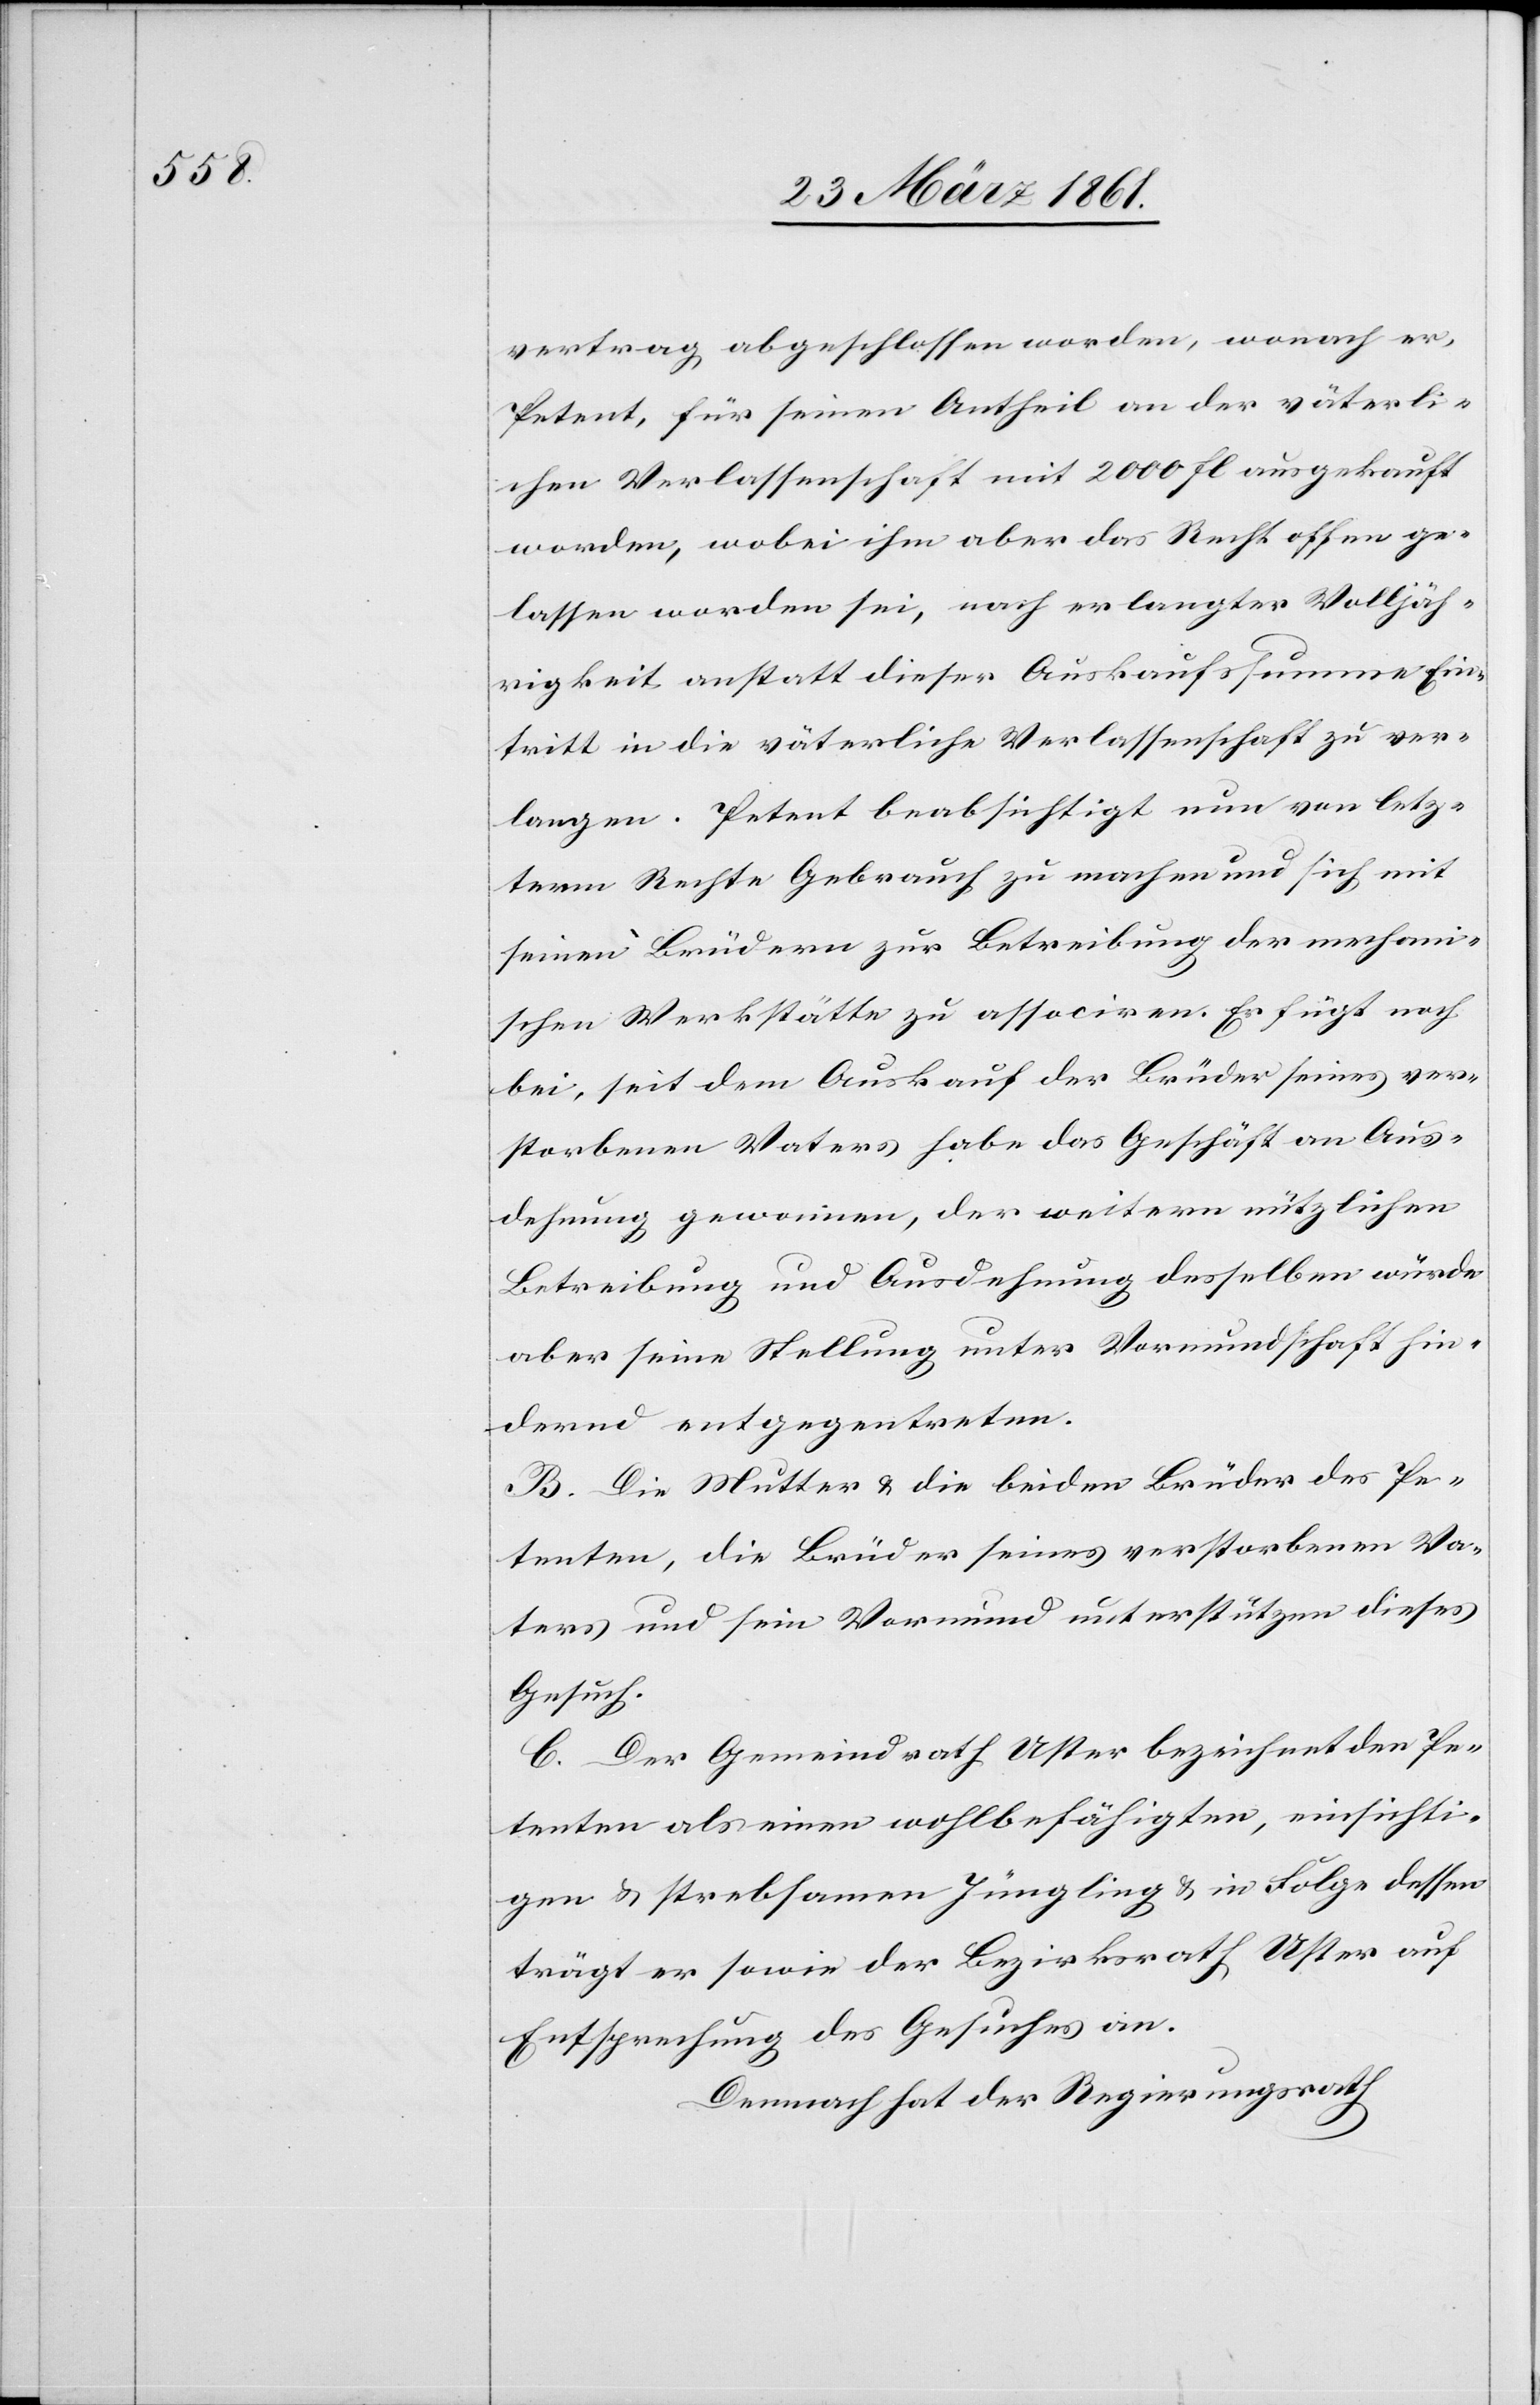
vertrag abgeschlossen worden, wonach er,
Petent, für seinen Antheil an der väterli¬
chen Verlassenschaft mit 2000 fl. ausgekauft
worden, wobei ihm aber das Recht offen ge¬
lassen worden sei, nach erlangter Volljäh¬
rigkeit anstatt dieser Auskaufssumme Ein¬
tritt in die väterliche Verlassenschaft zu ver¬
langen. Petent beabsichtigt nun von letz¬
term Rechte Gebrauch zu machen und sich mit
seinen Brüdern zur Betreibung der mechani¬
schen Werkstätte zu associren. Er fügt noch
bei, seit dem Auskauf der Brüder seines ver¬
storbenen Vaters habe das Geschäft an Aus¬
dehnung gewonnen, der weitern nützlichen
Betreibung und Ausdehnung desselben würde
aber seine Stellung unter Vormundschaft hin¬
dernd entgegentreten.
B. Die Mutter u. die beiden Brüder des Pe¬
tenten, die Brüder seines verstorbenen Va¬
ters und sein Vormund unterstützen dieses
Gesuch.
C. Der Gemeindrath Uster bezeichnet den Pe¬
tenten als einen wohlbefähigten, einsichti¬
gen u. strebsamen Jüngling u. in Folge dessen
trägt er sowie der Bezirksrath Uster auf
Entsprechung des Gesuches an.
Demnach hat der Regierungsrath